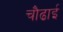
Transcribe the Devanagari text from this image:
चौढाई